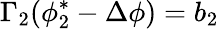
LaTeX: \Gamma_{2}(\phi_{2}^{*}-\Delta\phi)=b_{2}